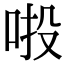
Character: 𠲴